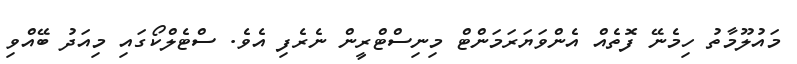
މައުލޫމާތު ހިމެނޭ ފޮތެއް އެންވަޔަރަމަންޓް މިނިސްޓްރީން ނެރެފި އެވެ. ސްޓެލްކޯގައި މިއަދު ބޭއްވި